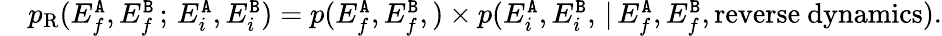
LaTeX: \begin{array}{rl}&{p_{\mathrm{R}}(E_{f}^{{\tt A}},E_{f}^{{\tt B}}\, ;\, E_{i}^{{\tt A}},E_{i}^{{\tt B}})=p(E_{f}^{{\tt A}},E_{f}^{{\tt B}},)\times p(E_{i}^{{\tt A}},E_{i}^{{\tt B}},\, |\, E_{f}^{{\tt A}},E_{f}^{{\tt B}},\mathrm{reverse~dynamics}).}\end{array}